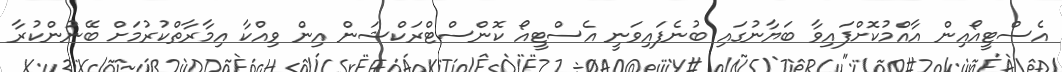
އެސްޓީއޯއިން އާއްމުކޮށްފައިވާ ބަޔާނުގައި ބުނެފައިވަނީ އެސްޓީއޯ ކޮންސްޓްރަކްޝަން އިން ވިއްކާ އިމާރާތްކުރުމަށް ބޭނުންކުރާ